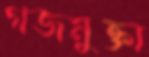
গজমুক্তা